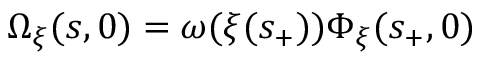
\Omega _ { \xi } ( s , 0 ) = \omega ( \xi ( s _ { + } ) ) \Phi _ { \xi } ( s _ { + } , 0 )